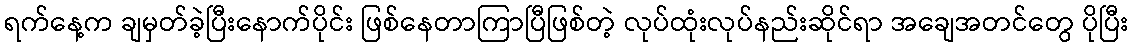
ရက်နေ့က ချမှတ်ခဲ့ပြီးနောက်ပိုင်း ဖြစ်နေတာကြာပြီဖြစ်တဲ့ လုပ်ထုံးလုပ်နည်းဆိုင်ရာ အချေအတင်တွေ ပိုပြီး